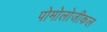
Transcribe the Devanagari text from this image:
पोमोलोजीकल